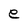
Character: e